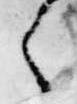
々